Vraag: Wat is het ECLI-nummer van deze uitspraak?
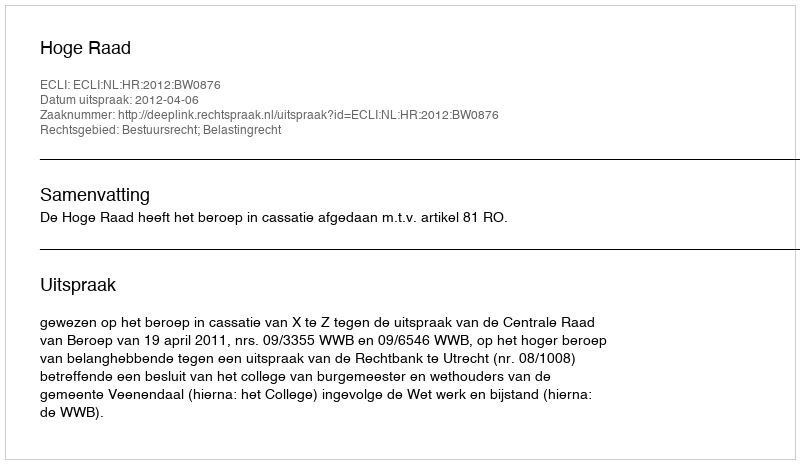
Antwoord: ECLI:NL:HR:2012:BW0876